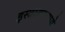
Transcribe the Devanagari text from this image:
इस्त्रायलमध्ये